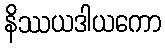
နိဿယဒါယကော